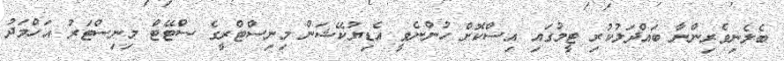
ބެލެނިވެރިންނާ ބައްދަލުކުރި ޓީމުގައި އިސްކޮށް ހުންނެވީ އެޑިޔުކޭޝަން މިނިސްޓްރީގެ ސްޓޭޓް މިނިސްޓަރު އަހްމަދު